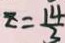
z = \frac { 1 4 } { 3 }